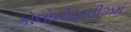
કોલોનીયાલીઝમ